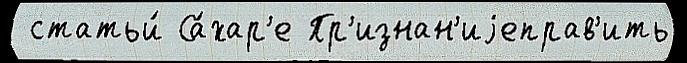
 статьи́ Са́хар'е Пр'изнан'иjеправ'ить